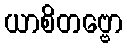
ယာစိတဗ္ဗော